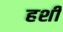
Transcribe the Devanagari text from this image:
हशी